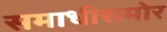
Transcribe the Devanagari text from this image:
समाधीसमोर